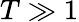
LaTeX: T\gg 1